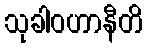
သုခါဝဟာနီတိ